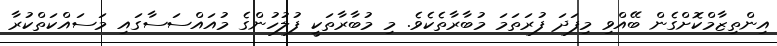
އިންތިޒާމްކޮށްގެން ބޭއްވި މިފަދަ ފުރަތަމަ މުބާރާތެކެވެ. މި މުބާރާތަކީ ފުލުހުންގެ މުއައްސަސާގައި މަސައްކަތްކުރާ